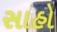
સાહો